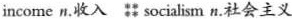
income n.收入 socialism n.社会主义